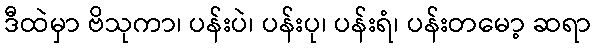
ဒီထဲမှာ ဗိသုကာ၊ ပန်းပဲ၊ ပန်းပု၊ ပန်းရံ၊ ပန်းတမော့ ဆရာ